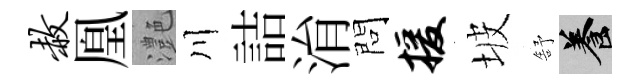
赦凰灔川詰㳙問援坡舒養